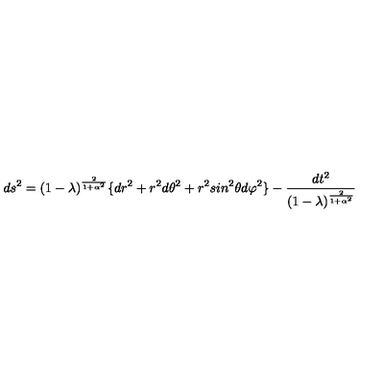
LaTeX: d s ^ { 2 } = ( 1 - \lambda ) ^ { \frac { 2 } { 1 + \alpha ^ { 2 } } } \lbrace d r ^ { 2 } + r ^ { 2 } d \theta ^ { 2 } + r ^ { 2 } s i n ^ { 2 } \theta d \varphi ^ { 2 } \rbrace - { \frac { d t ^ { 2 } } { ( 1 - \lambda ) ^ { \frac { 2 } { 1 + \alpha ^ { 2 } } } } }